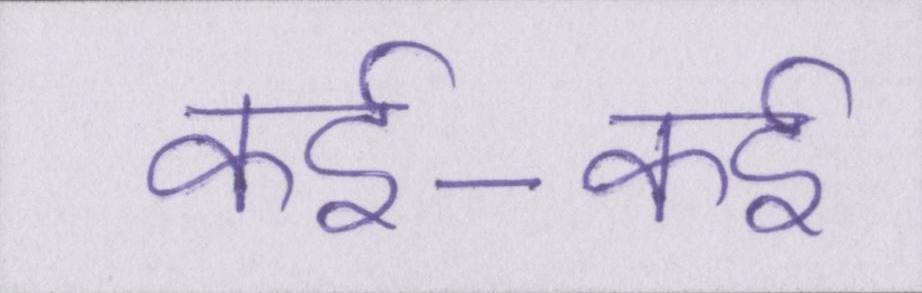
कई-कई